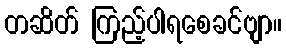
တဆိတ် ကြည့်ပါရစေခင်ဗျာ။